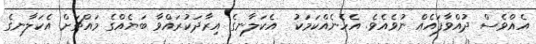
އެއްވެސް ދުއްވާފައެއް ނުވެއެވެ. އެހެނެއްކަމަކު  އެކަލާނގެ އިރާދަކުރައްވާ ބަޔެއްގެ މައްޗަށް އެކަލާނގެ